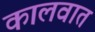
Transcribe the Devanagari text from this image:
कालवात